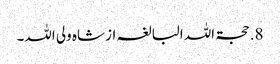
8. حجۃ اللہ البالغہ از شاہ ولی اللہ۔